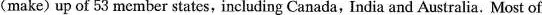
( make ) up of 53 member states, including Canada, India and Australia. Most of